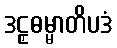
ဒဠှဓမ္မာတိပဒံ